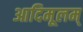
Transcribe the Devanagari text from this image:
आदिमूलम्